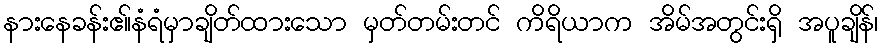
နားနေခန်းဧ။်နံရံမှာချိတ်ထားသော မှတ်တမ်းတင် ကိရိယာက အိမ်အတွင်းရှိ အပူချိန်၊